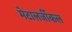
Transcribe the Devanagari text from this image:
मेटालर्जीकल